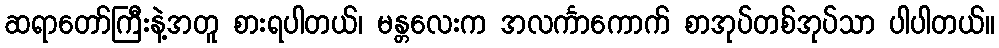
ဆရာတော်ကြီးနဲ့အတူ စားရပါတယ်၊ မန္တလေးက အလင်္ကာကောက် စာအုပ်တစ်အုပ်သာ ပါပါတယ်။